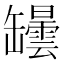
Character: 罎